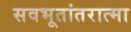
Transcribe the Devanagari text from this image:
सवभूतांतरात्मा